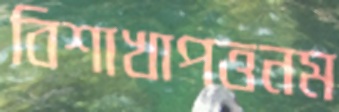
বিশাখাপত্তনম